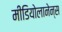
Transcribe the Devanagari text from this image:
मीडियोलानेन्स